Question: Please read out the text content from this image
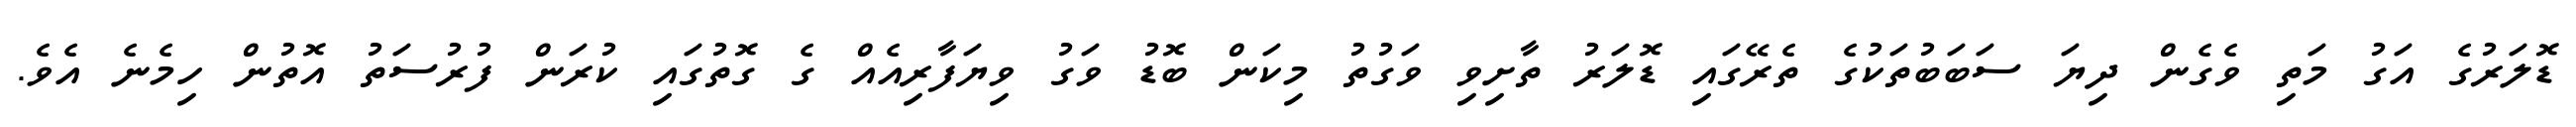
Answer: ޑޮލަރުގެ އަގު މަތި ވެގެން ދިޔަ ސަބަބުތަކުގެ ތެރޭގައި ޑޮލަރު ތާށިވި ވަގުތު މިކަން ބޮޑު ވަގު ވިޔަފާރިއެއް ގެ ގޮތުގައި ކުރަން ފުރުސަތު އޮތުން ހިމެނެ އެވެ.